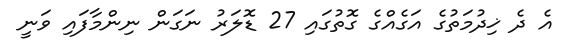
އެ ދެ ޚިދުމަތުގެ އަގެއްގެ ގޮތުގައި 27 ޑޮލަރު ނަގަން ނިންމާފައި ވަނީ